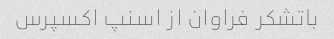
باتشکر فراوان از اسنپ اکسپرس